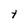
Character: e